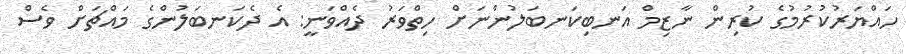
ހައްޔަރުކުރުމުގެ ކުރިން ނާޒިމް އަނބިކަނބަލުންނަށް ހިތްވަރު ދެއްވަނީ: އެ ދެކަނބަލުންގެ މައްޗަށް ވެސް